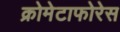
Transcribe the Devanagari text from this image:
क्रोमेटाफोरेस